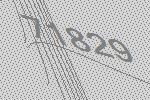
71829